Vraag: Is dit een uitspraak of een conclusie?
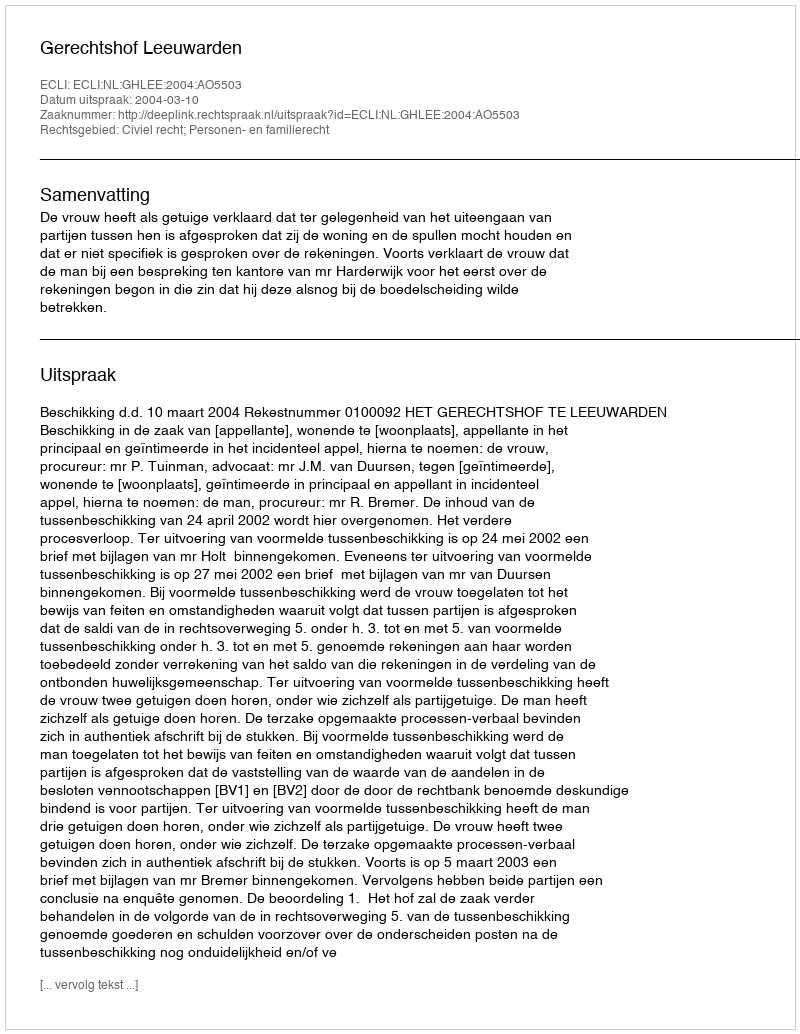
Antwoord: Uitspraak